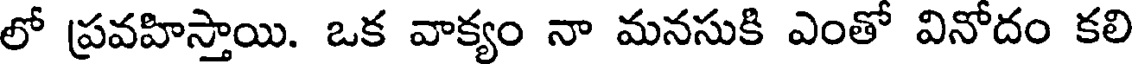
లో ప్రవహిస్తాయి. ఒక వాక్యం నా మనసుకి ఎంతో వినోదం కలి